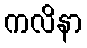
ကလိနာ